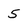
Character: 5